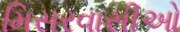
મિસરવાસીઓ